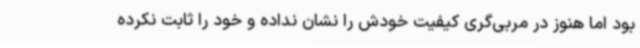
بود اما هنوز در مربی‌گری کیفیت خودش را نشان نداده و خود را ثابت نکرده